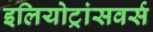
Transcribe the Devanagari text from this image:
इलियोट्रांसवर्स